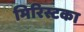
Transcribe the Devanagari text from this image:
मिरिस्टका